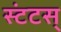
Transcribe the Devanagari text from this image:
स्टंटस्